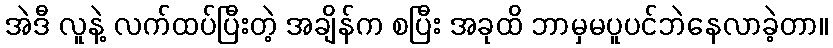
အဲဒီ လူနဲ့ လက်ထပ်ပြီးတဲ့ အချိန်က စပြီး အခုထိ ဘာမှမပူပင်ဘဲနေလာခဲ့တာ။